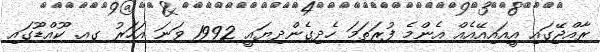
ރާއްޖޭގައި އީއައިއޭއެއް އެންމެ ފުރަތަމަ ހެދިގެންދިޔައީ 1992 ވަނަ އަހަރު ގއ. ކޫއްޑޫގައި